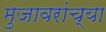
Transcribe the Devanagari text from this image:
मुजावरांच्या